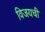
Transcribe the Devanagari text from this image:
विजयची